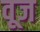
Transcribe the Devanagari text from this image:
वूज